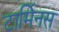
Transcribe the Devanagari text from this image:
टार्मिनस